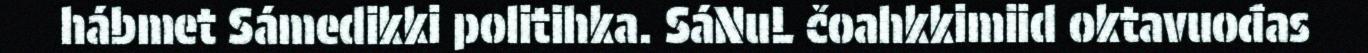
hábmet Sámedikki politihka. SáNuL čoahkkimiid oktavuođas